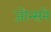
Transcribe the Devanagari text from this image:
जोन्सने